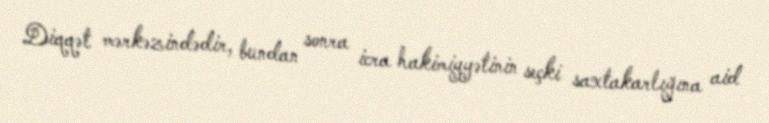
Diqqət mərkəzindədir, bundan sonra icra hakimiyyətinin seçki saxtakarlığına aid